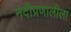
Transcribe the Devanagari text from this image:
नदीप्रणालीला